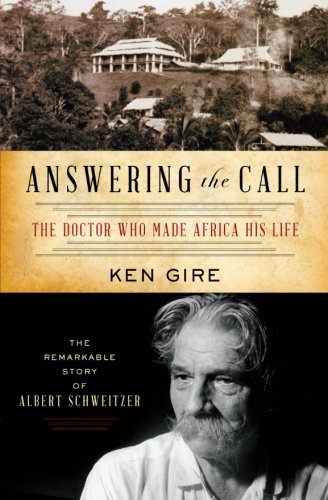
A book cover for Answering the Call: The Doctor Who Made Africa His Life: The Remarkable Story of Albert Schweitzer (Christian Encounters); Ken Gire; Biographies & Memoirs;